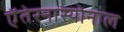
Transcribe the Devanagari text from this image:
ऐंतेरनास्योनाल